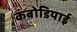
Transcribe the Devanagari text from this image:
कंबोडियाई